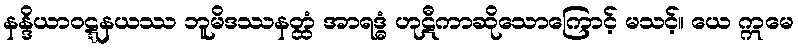
နန္ဒိယာဝဋ္ဋနယဿ ဘူမိဒဿနတ္ထံ အာရဒ္ဓံ ဟုဋီကာဆိုသောကြောင့် မသင့်။ ယေ ဣမေ